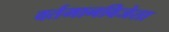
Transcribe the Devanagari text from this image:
वर्तमानविजेता